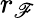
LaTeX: r_{\mathscr{F}}